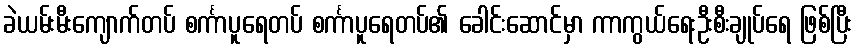
ခဲယမ်းမီးကျောက်တပ် စင်္ကာပူရေတပ် စင်္ကာပူရေတပ်၏ ခေါင်းဆောင်မှာ ကာကွယ်ရေးဦးစီးချုပ်ရေ ဖြစ်ပြီး